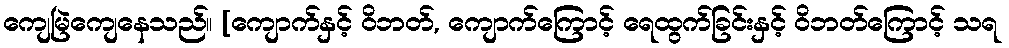
ကျေမြဲကျေနေသည်။ [ကျောက်နှင့် ဝိဘတ်, ကျောက်ကြောင့် ရေထွက်ခြင်းနှင့် ဝိဘတ်ကြောင့် သရ